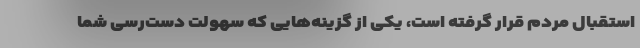
استقبال مردم قرار گرفته است، یکی از گزینه‌هایی که سهولت دست‌رسی شما